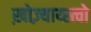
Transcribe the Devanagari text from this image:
ख़ोज़्याय्स्त्वो